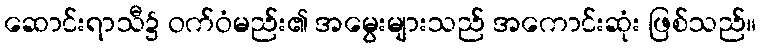
ဆောင်းရာသီ၌ ဝက်ဝံမည်း၏ အမွေးများသည် အကောင်းဆုံး ဖြစ်သည်။